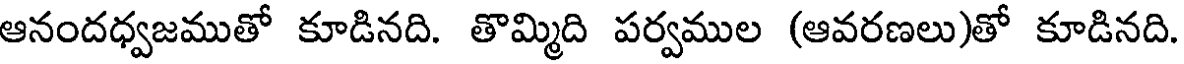
ఆనందధ్వజముతో కూడినది. తొమ్మిది పర్వముల (ఆవరణలు)తో కూడినది